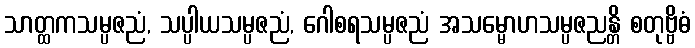
သာတ္ထကသမ္ပဇညံ, သပ္ပါယသမ္ပဇညံ, ဂေါစရသမ္ပဇညံ အသမ္မောဟသမ္ပဇညန္တိ စတုဗ္ဗိဓံ